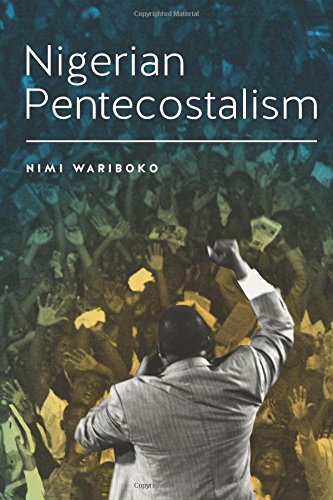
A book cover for Nigerian Pentecostalism (Rochester Studies in African History and the Diaspora); Nimi Wariboko; History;